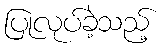
ပြုလုပ်ခဲ့သည့်